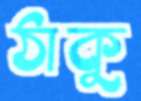
ঠাকু